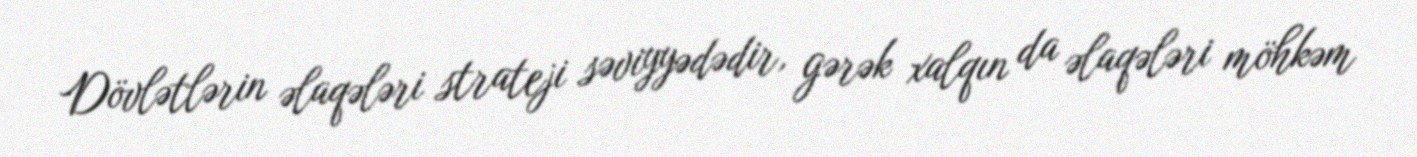
Dövlətlərin əlaqələri strateji səviyyədədir, gərək xalqın da əlaqələri möhkəm